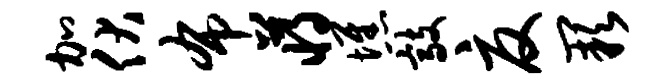
加伏布蒋憔敲夏缺